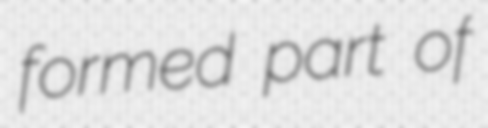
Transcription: formed part of